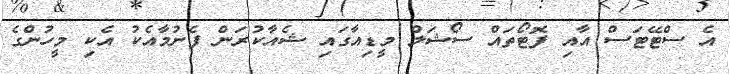
އެ ސްޓޭޓަސް އާއި ފޮޓޯތައް ސޯޝަލް މީޑިއާގައި ޝެއާކުރަން ފެށުމާއެކު އެކި މީހުންގެ